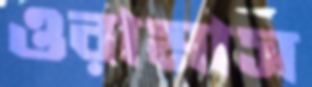
ওরামাস